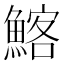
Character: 𩹃